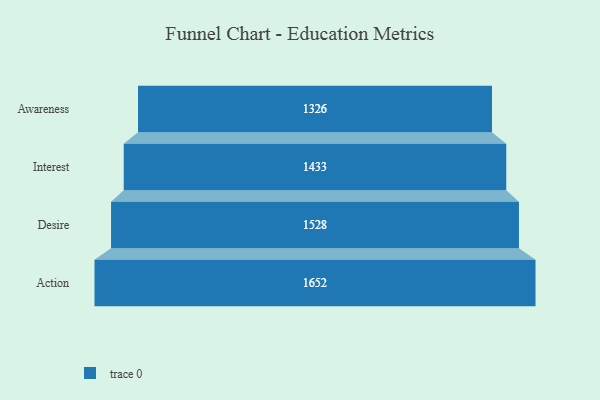
{"axis": {"x": "Stage", "y": "Value"}, "legend": [""], "data": [{"x": "Awareness", "y": 1326.0, "type": ""}, {"x": "Interest", "y": 1433.0, "type": ""}, {"x": "Desire", "y": 1528.0, "type": ""}, {"x": "Action", "y": 1652.0, "type": ""}]}